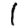
Digit: 1